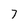
Character: 7